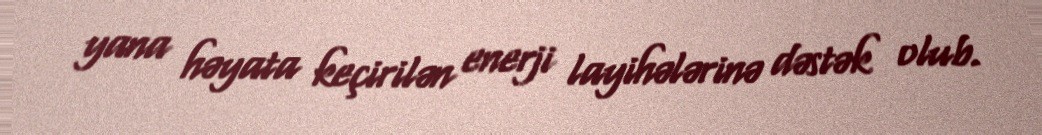
yana həyata keçirilən enerji layihələrinə dəstək olub.